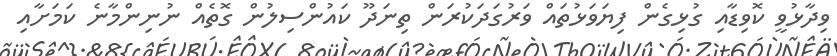
ވިދާޅުވީ ކޮވިޑާއި ގުޅިގެން ފިޔަވަޅުތައް ވަރުގަދަކުރަން ތިނަދޫ ކައުންސިލުން ގޮތެއް ނުނިންމާނެ ކަމަށާއި